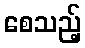
စေသည့်